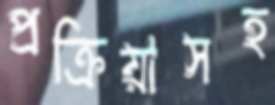
প্রক্রিয়াসহ